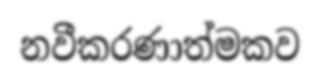
නවීකරණාත්මකව